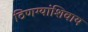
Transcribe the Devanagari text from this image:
ठिणग्यांशिवाय